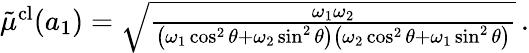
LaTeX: \begin{array}{r}{\tilde{\mu}^{\mathrm{cl}}(a_{1})=\sqrt{\frac{\omega_{1}\omega_{2}}{\left(\omega_{1}\cos^{2}\theta+\omega_{2}\sin^{2}\theta\right)\left(\omega_{2}\cos^{2}\theta+\omega_{1}\sin^{2}\theta\right)}}\, .}\end{array}